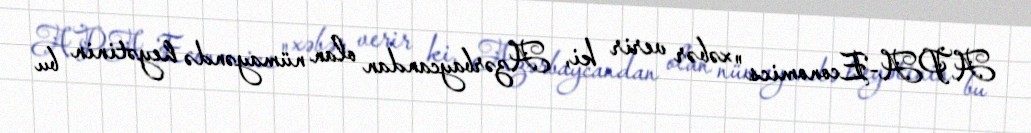
APA-Economics" xəbər verir ki, Azərbaycandan olan nümayəndə heyətinin bu